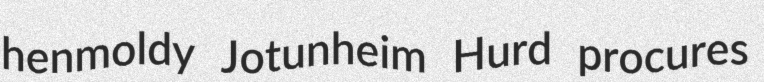
henmoldy Jotunheim Hurd procures